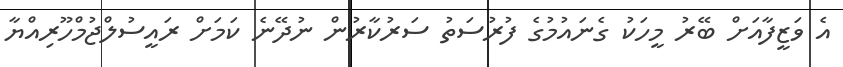
އެ ވަޒީފާއަށް ބޭރު މީހަކު ގެނައުމުގެ ފުރުސަތު ސަރުކާރުން ނުދޭނެ ކަމަށް ރައީސުލްޖުމްހޫރިއްޔާ